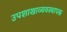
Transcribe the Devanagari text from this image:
उपशाखाव्यवस्थापक